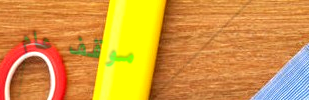
موقف عام